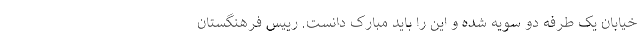
خیابان یک طرفه دو سویه شده و این را باید مبارک دانست. رییس فرهنگستان